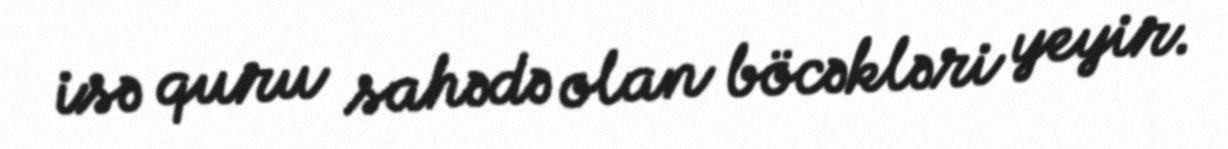
isə quru sahədə olan böcəkləri yeyir.